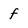
Character: f